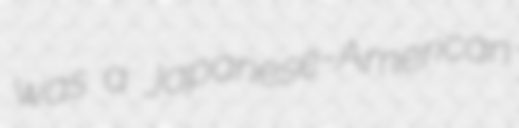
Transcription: was a Japanese-American